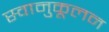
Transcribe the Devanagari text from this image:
स्वानुकूलन